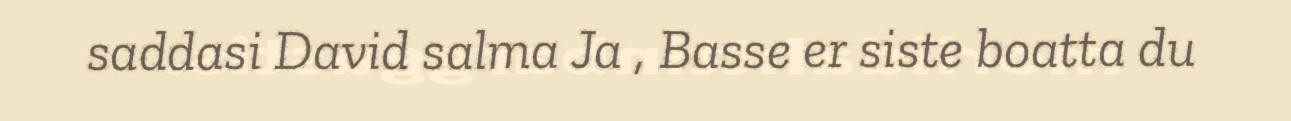
saddasi David salma Ja , Basse er siste boatta du